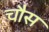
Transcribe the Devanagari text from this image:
चौस